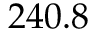
2 4 0 . 8